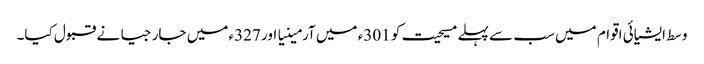
وسط ایشیائی اقوام میں سب سے پہلے مسیحیت کو 301ء میں آرمینیا اور 327ء میں جارجیا نے قبول کیا۔